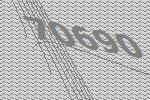
70690